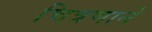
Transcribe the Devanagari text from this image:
चित्रणाने